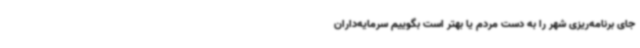
جای برنامه‌ریزی شهر را به دست مردم یا بهتر است بگوییم سرمایه‌داران